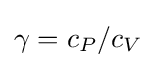
\gamma =c_{P}/c_{V}